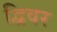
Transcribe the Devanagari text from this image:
द्विवर